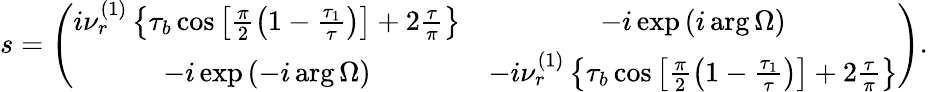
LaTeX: s=\left(\begin{array}{cc}{i\nu_{r}^{\left(1\right)}\left\{ \tau_{b}\cos\left[\frac{\pi}{2}\left(1-\frac{\tau_{1}}{\tau}\right)\right]+2\frac{\tau}{\pi}\right\} }&{-i\exp\left(i\arg\Omega\right)}\\ {-i\exp\left(-i\arg\Omega\right)}&{-i\nu_{r}^{\left(1\right)}\left\{ \tau_{b}\cos\left[\frac{\pi}{2}\left(1-\frac{\tau_{1}}{\tau}\right)\right]+2\frac{\tau}{\pi}\right\} }\end{array}\right).